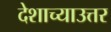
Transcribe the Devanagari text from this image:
देशाच्याउत्तर